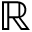
\mathbb { R }